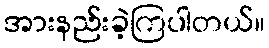
အားနည်းခဲ့ကြပါတယ်။